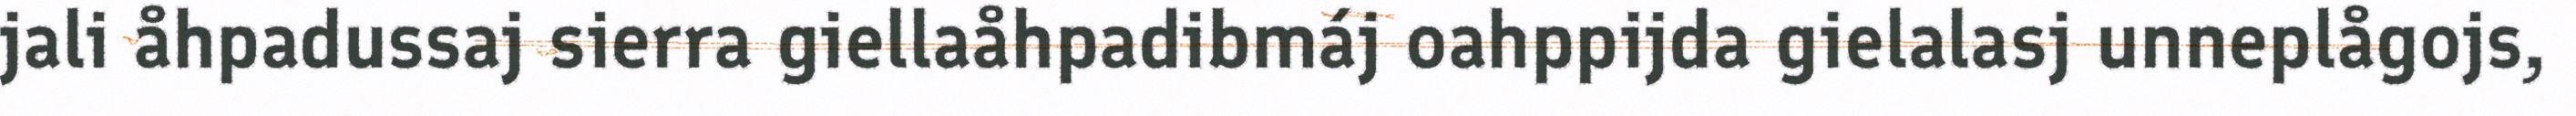
jali åhpadussaj sierra giellaåhpadibmáj oahppijda gielalasj unneplågojs,